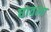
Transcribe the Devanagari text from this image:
घावला